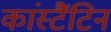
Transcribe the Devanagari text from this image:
कांस्टैंटिन